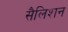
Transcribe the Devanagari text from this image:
सैलिशन